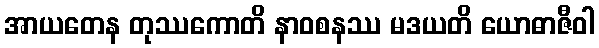
အာယတေန တုဿကောတိ နာဝစနဿ မဒယတိ ယောဓာဇီဝါ